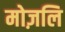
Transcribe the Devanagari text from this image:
मोज़लि